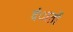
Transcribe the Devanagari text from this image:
दंातों